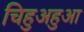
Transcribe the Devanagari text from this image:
चिहुअहुआ